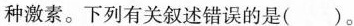
种激素。下列有关叙述错误的是（ ）。